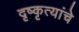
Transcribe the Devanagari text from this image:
दृष्कृत्यांचे